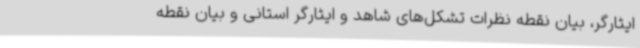
ایثارگر، بیان نقطه نظرات تشکل‌های شاهد و ایثارگر استانی و بیان نقطه